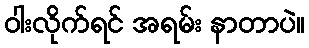
ဝါးလိုက်ရင် အရမ်း နာတာပဲ။